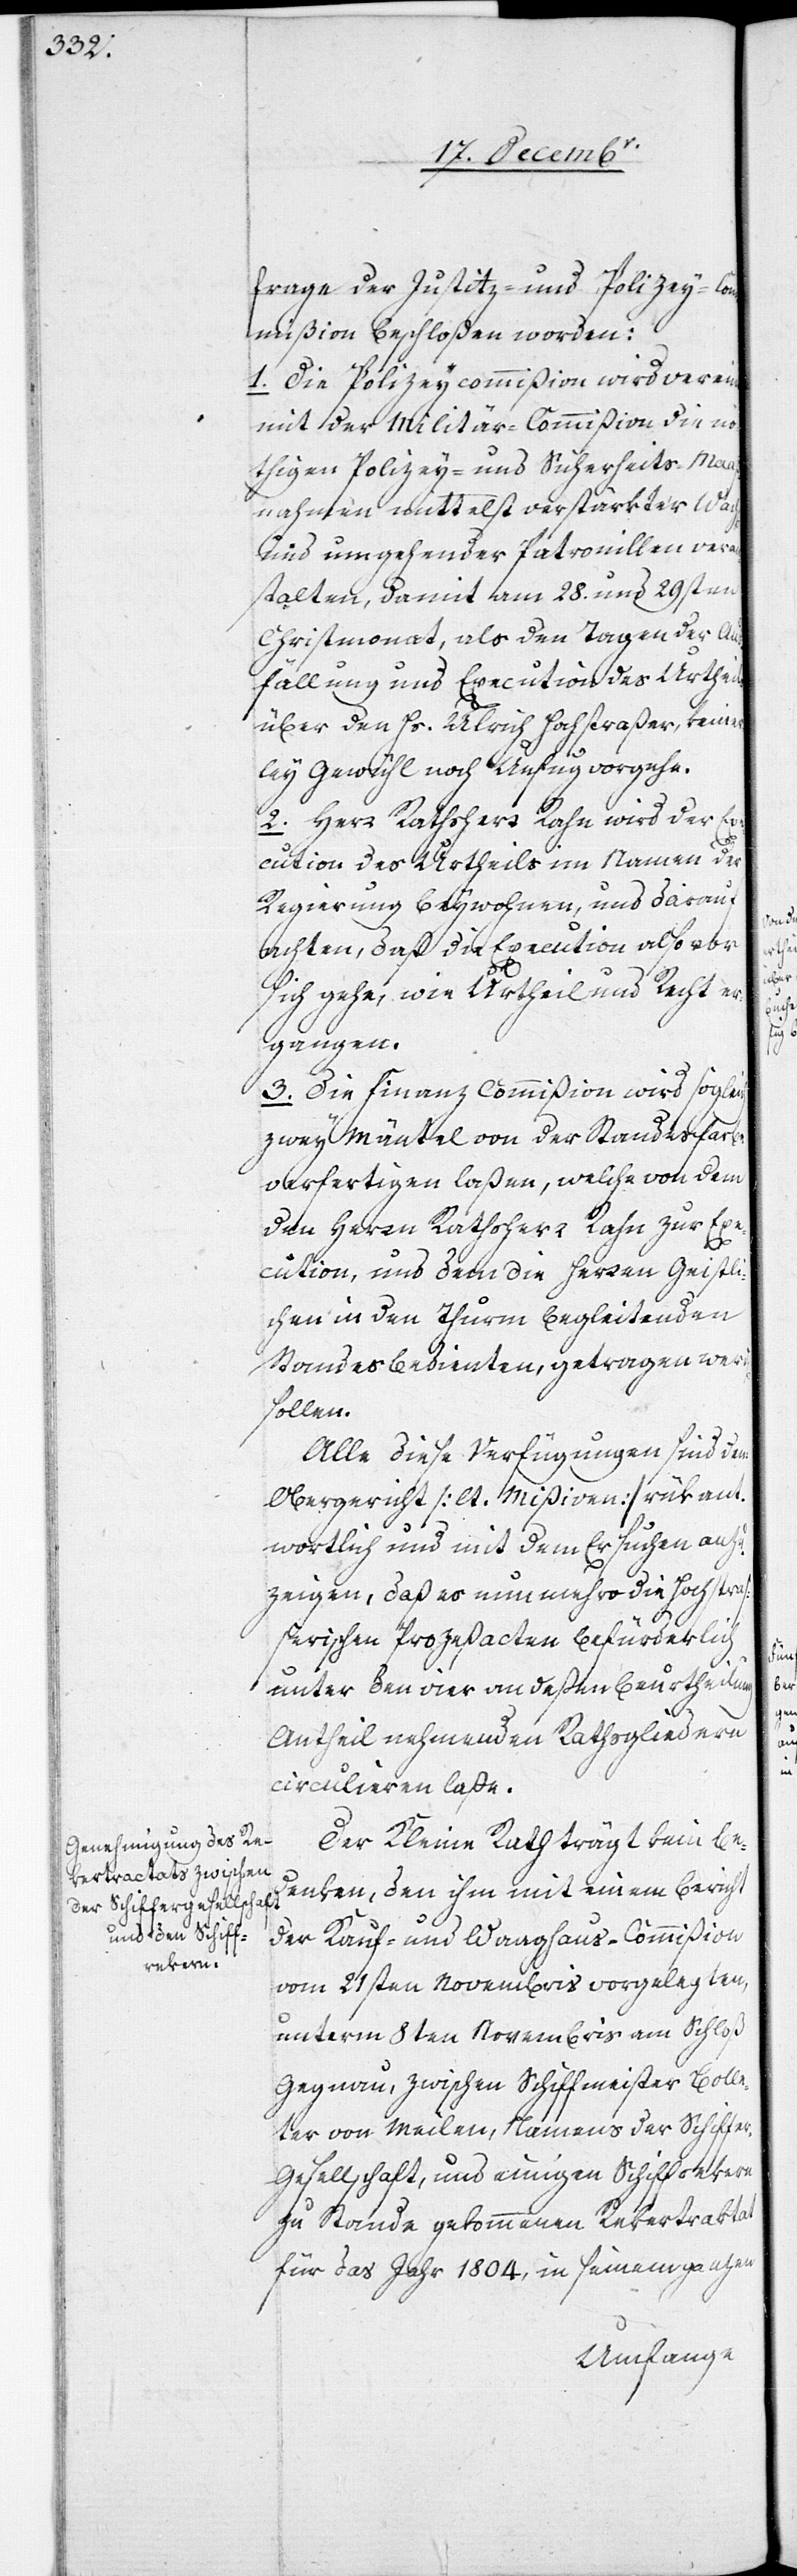
frage der Justitz- und Polizey-Co¬
mmißion beschloßen worden:
1. Die Polizeycommißion wird vereint
mit der Militär-Commißion die nö¬
thigen Polizey- und Sicherheits-Maaß¬
nahmen mittelst verstärkter Wach[en]
und umgehender Patrouillen vera¬
nstalten, damit am 28. und 29sten
Christmonat, als den Tagen der Aus¬
fällung und Execution des Urtheils
über den Hs. Ulrich Hochstraßer, keiner¬
ley Gewühl noch Unfug vorgehe.
2. Herr Rathsherr Rahn wird der Exe¬
cution des Urtheils im Namen der
Regierung beywohnen, und darauf
achten, daß die Execution also vor
sich gehe, wie Urtheil und Recht er¬
gangen.
3. Die Finanz[-]Commißion wird sogleich
zwey Mäntel von der Standesfarbe
verfertigen laßen, welche von dem
den Herrn Rathsherr Rahn zur Exe¬
cution, und dem die Herren Geistli¬
chen in den Thurm begleitenden
Standesbedienten, getragen wer¬
sollen.
Alle diese Verfügungen sind dem
Obergericht [lt. Mißiven] rükant¬
wortlich und mit dem Ersuchen anzu¬
zeigen, daß es nun mehro die Hochstra¬
ßerischen Prozeßacten befürderlich
unter den vier an deßen Beurtheilung
Antheil nehmenden Rathsgliedern
circulieren laße.
Der Kleine Rath trägt kein Be¬
denken, den ihm mit einem Bericht
der Kauf- und Waaghaus-Commißion
vom 21sten Novembris vorgelegten,
unterm 8ten Novembris am Schloß
Gegnau, zwischen Schiffmeister Bolle¬
ter von Meilen, Namens der Schiffe¬
r-Gesellschaft, und einigen Schiffrekern
zu Stande gekommenen Rekertraktat
für das Jahr 1804, in seinem ganzen